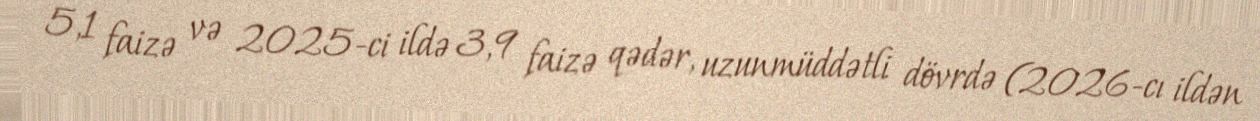
5,1 faizə və 2025-ci ildə 3,9 faizə qədər, uzunmüddətli dövrdə (2026-cı ildən